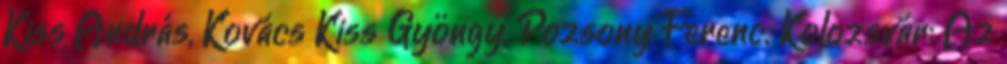
Kiss András, Kovács Kiss Gyöngy, Pozsony Ferenc. Kolozsvár: Az